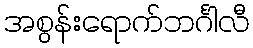
အစွန်းရောက်ဘင်္ဂါလီ